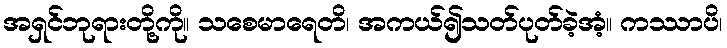
အရှင်ဘုရားတို့ကို။ သစေမာရေတိ၊ အကယ်၍သတ်ပုတ်ခဲ့အံ့။ ကဿာပိ၊